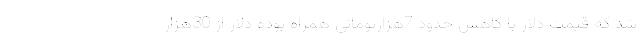
شد که قیمت دلار با کاهش حدود 7هزارتومانی همراه بوده دلار از 30هزار